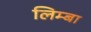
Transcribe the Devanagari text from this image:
लिम्बा